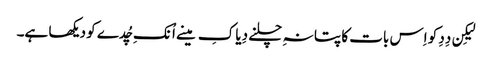
لیکِن دِدِ کو اِس بات کا پتا نہِ چلنے دِیا کِ مینے اُنکِ چُدے کو دیکھا ہے۔